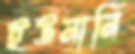
ইউনানি